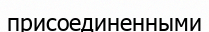
присоединенными